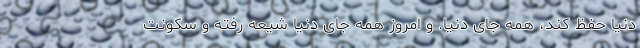
دنیا حفظ کند، همه جای دنیا. و امروز همه جای دنیا شیعه رفته و سکونت